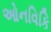
ઓનવિકિ